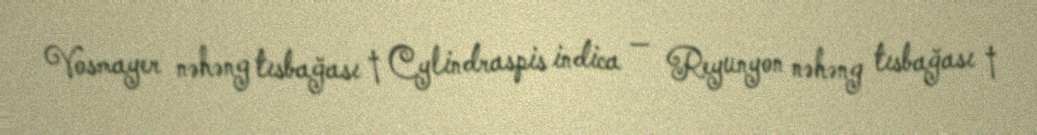
Vosmayer nəhəng tısbağası † Cylindraspis indica — Reyunyon nəhəng tısbağası †